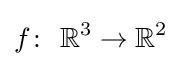
f\colon \ \mathbb {R} ^{3}\to \mathbb {R} ^{2}